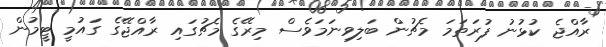
ރާއްޖެ ކުޅުނު ފުރަތަމަ މެޗުން ބަލިވިނަމަވެސް މިރޭގެ މެޗުގައި ރާއްޖޭގެ ގައުމީ ޓީމުން